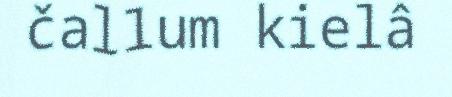
čallum kielâ